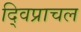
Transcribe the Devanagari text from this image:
द्विप्राचल